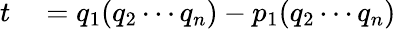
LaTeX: \begin{array}{rl}{t}&{{}=q_{1}(q_{2}\cdots q_{n})-p_{1}(q_{2}\cdots q_{n})}\end{array}